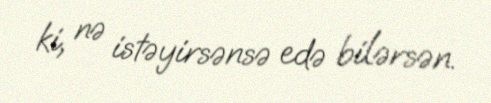
ki, nə istəyirsənsə edə bilərsən.